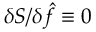
\delta S / \delta \hat { f } \equiv 0